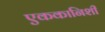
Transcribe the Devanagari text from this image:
एककानिशी